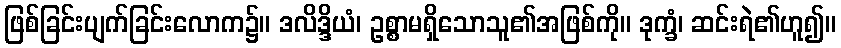
ဖြစ်ခြင်းပျက်ခြင်းလောက၌။ ဒလိဒ္ဒိယံ၊ ဥစ္စာမရှိသောသူ၏အဖြစ်ကို။ ဒုက္ခံ၊ ဆင်းရဲ၏ဟူ၍။